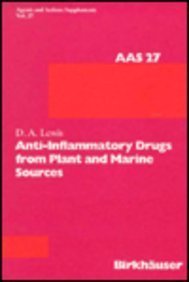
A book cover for Anti Inflammatory Drugs from Plant and Marine Sources (Agents and Actions Supplements); D. A. Lewis; Medical Books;